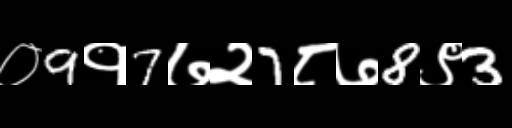
Text: ०9१7७२7८७8९3